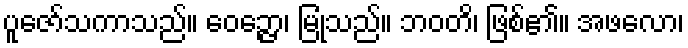
ပူဇော်သကာသည်။ ဝေဉ္ဇော၊ မြုံသည်။ ဘဝတိ၊ ဖြစ်၏။ အဖလော၊